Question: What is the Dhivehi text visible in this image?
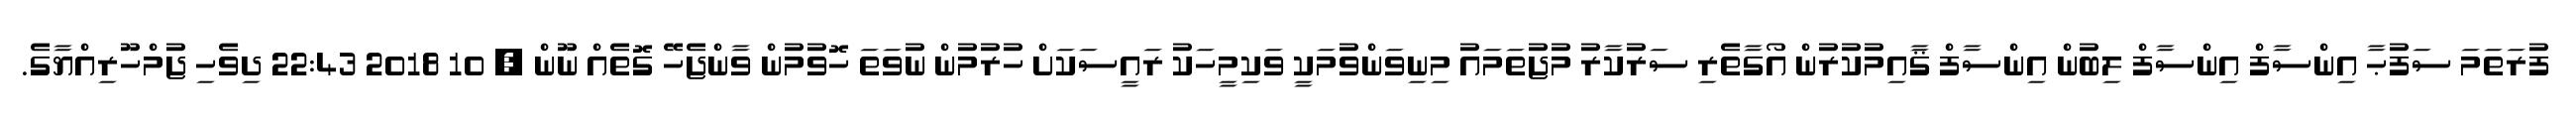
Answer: ފުރަތަމަ ސަފުޙާ އިންސާފް އިންސާފް ލިބުން އިންސާފް ޤާއިމުކުރުން އޯގާތެރި ސަރުކާރު މުޖުތަމައު މިނިވަންވުމަކީ ވަކިމީހަކު ރައީސަކަށް ހުރުމުން ނުވަތަ ހޮވުމުން ވާންޖެހޭ ގޮތެއް ނޫން , 10 2018 22:43 ދިވެހި ޖުމްހޫރިއްޔާގެ.